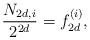
LaTeX: \begin{align*}\frac{N_{2d, i}}{2^{2d}}=f_{2d}^{\left(i\right)},\end{align*}